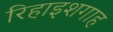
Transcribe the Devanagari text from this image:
रिहाइशगाह